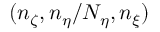
( n _ { \zeta } , n _ { \eta } / N _ { \eta } , n _ { \xi } )